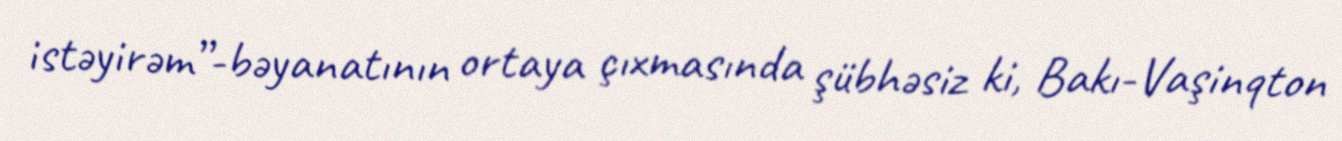
istəyirəm”-bəyanatının ortaya çıxmasında şübhəsiz ki, Bakı-Vaşinqton